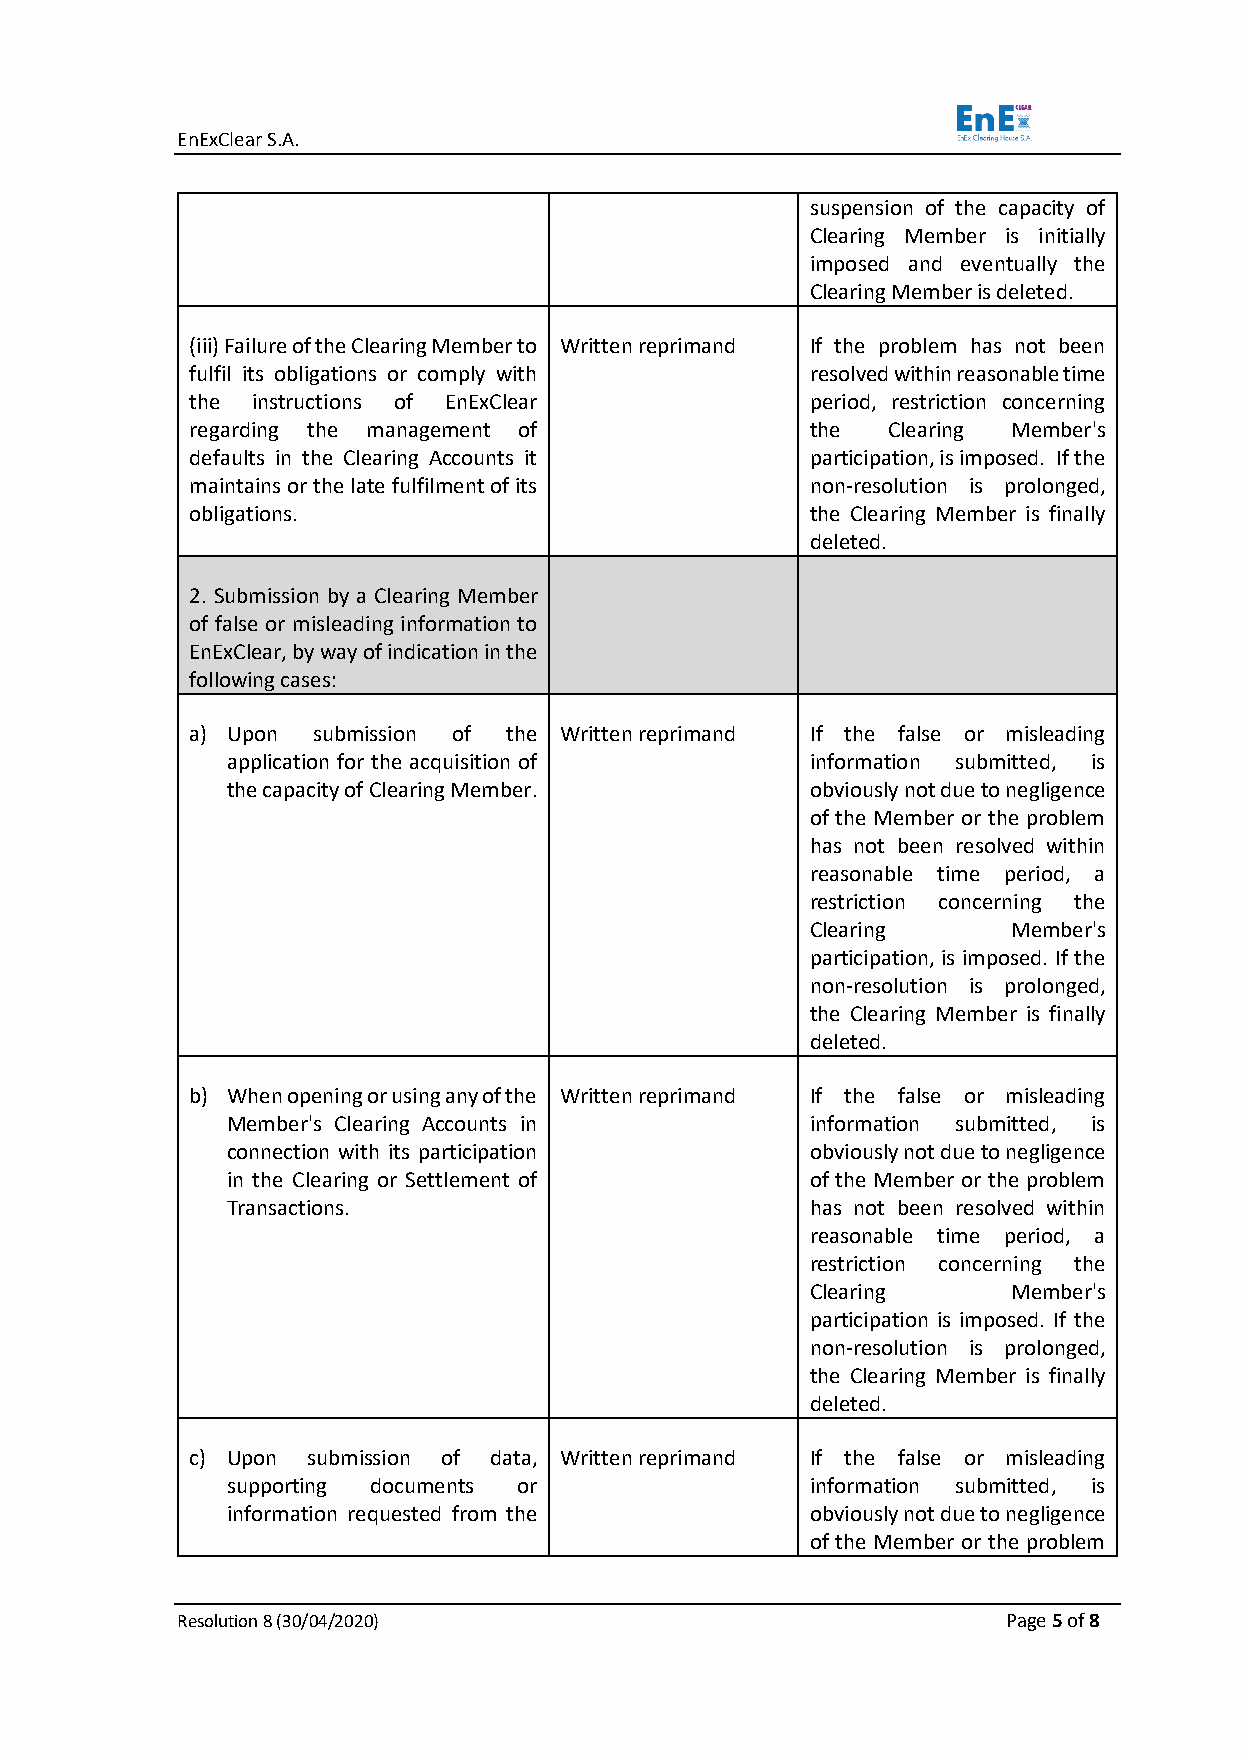
EnExClear S.A.
 suspension of the capacity of
 Clearing Member is initially
 imposed and eventually the
 Clearing Member is deleted.
 (iii) Failure of the Clearing Member to Written reprimand If the problem has not been
 fulfil its obligations or comply with    resolved within reasonable time
 the instructions of EnExClear            period, restriction concerning
 regarding the management of              the  Clearing Member's
 defaults in the Clearing Accounts it     participation, is imposed. If the
 maintains or the late fulfilment of its  non-resolution is prolonged,
 obligations.                             the Clearing Member is finally
 deleted.
 2. Submission by a Clearing Member
 of false or misleading information to
 EnExClear, by way of indication in the
 following cases:
 a) Upon submission of the Written reprimand If the false or misleading
 application for the acquisition of     information submitted, is
 the capacity of Clearing Member.       obviously not due to negligence
 of the Member or the problem
 has not been resolved within
 reasonable time period, a
 restriction concerning the
 Clearing     Member's
 participation, is imposed. If the
 non-resolution is prolonged,
 the Clearing Member is finally
 deleted.
 b) When opening or using any of the Written reprimand If the false or misleading
 Member's Clearing Accounts in          information submitted, is
 connection with its participation      obviously not due to negligence
 in the Clearing or Settlement of       of the Member or the problem
 Transactions.                          has not been resolved within
 reasonable time period, a
 restriction concerning the
 Clearing     Member's
 participation is imposed. If the
 non-resolution is prolonged,
 the Clearing Member is finally
 deleted.
 c) Upon submission of data, Written reprimand If the false or misleading
 supporting documents or                information submitted, is
 information requested from the         obviously not due to negligence
 of the Member or the problem
 Resolution 8 (30/04/2020)                              Page 5 of 8